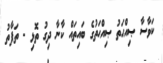
ކަވާސާ ޞިއްޙަތު ޞިއްޙަތުގެ ބައިތައް ކާނާ ދިގު ތޮޅި - ތަފާތު